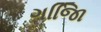
ગજાિિ